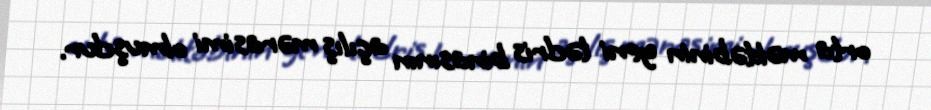
orta məktəbinin yeni tədris binasının açılış mərasimi olmuşdur.